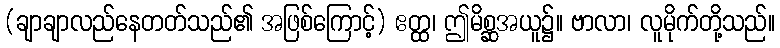
(ချာချာလည်နေတတ်သည်၏ အဖြစ်ကြောင့်) ဧတ္ထ၊ ဤမိစ္ဆအယူ၌။ ဗာလာ၊ လူမိုက်တို့သည်။